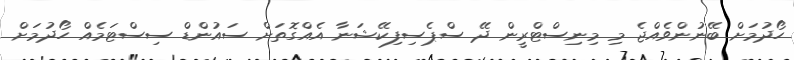
ހޯދުމަށް ބޭނުންވެއްޖެ މި މިނިސްޓްރީން ދޭ ސްޕެސިފިކޭޝަނާ އެއްގޮތަށް ސައުންޑް ސިސްޓަމެއް ހޯދުމަށް